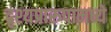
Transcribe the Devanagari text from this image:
दृश्यप्रारूपामध्ये